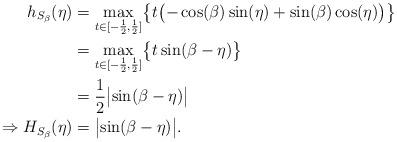
LaTeX: \begin{align*}h_{S_\beta}(\eta)&= \max_{t\in[-\frac{1}{2},\frac{1}{2}]}\bigl\lbrace t\bigl(-\cos (\beta)\sin(\eta)+\sin(\beta)\cos(\eta)\bigr)\bigr\rbrace\\& =\max_{t\in[-\frac{1}{2},\frac{1}{2}]}\bigl\lbrace t\sin(\beta-\eta )\bigr\rbrace\\&= \frac{1}{2}\bigl\vert\sin(\beta-\eta)\bigr\vert\\\Rightarrow H_{S_\beta}(\eta)&=\bigl\vert\sin(\beta-\eta)\bigr\vert.\end{align*}